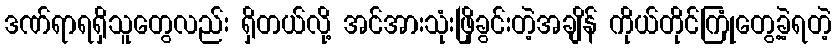
ဒဏ်ရာရရှိသူတွေလည်း ရှိတယ်လို့ အင်အားသုံးဖြိုခွင်းတဲ့အချိန် ကိုယ်တိုင်ကြုံတွေ့ခဲ့ရတဲ့